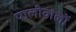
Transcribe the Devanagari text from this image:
पालीवालों